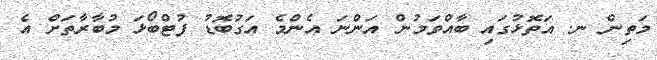
މަތިން ނ. އަތޮޅުގައި ބާއްވަމުން އަންނަ އެންމެ އަގުބޮޑު ފުޓްބޯޅަ މުބާރާތަށް އެ